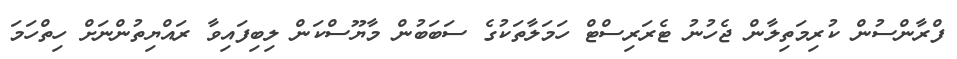
ފްރާންސުން ކުރިމަތިލާން ޖެހުނު ޓެރަރިސްޓް ހަމަލާތަކުގެ ސަބަބުން މާޔޫސްކަން ލިބިފައިވާ ރައްޔިތުންނަށް ހިތްހަމަ